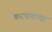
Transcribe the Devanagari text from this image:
करपावत्या